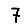
Digit: 7